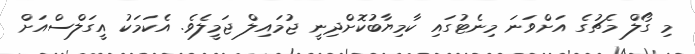
މި ގޯލް މެޗުގެ އަށްވަނަ މިނެޓުގައި ކާމިޔާބުކޮށްދިނީ ޖުމައިލް ޖަމީލެވެ. އެކަމަކު އީގަލްސްއަށް